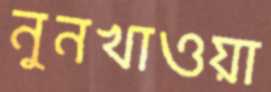
নুনখাওয়া